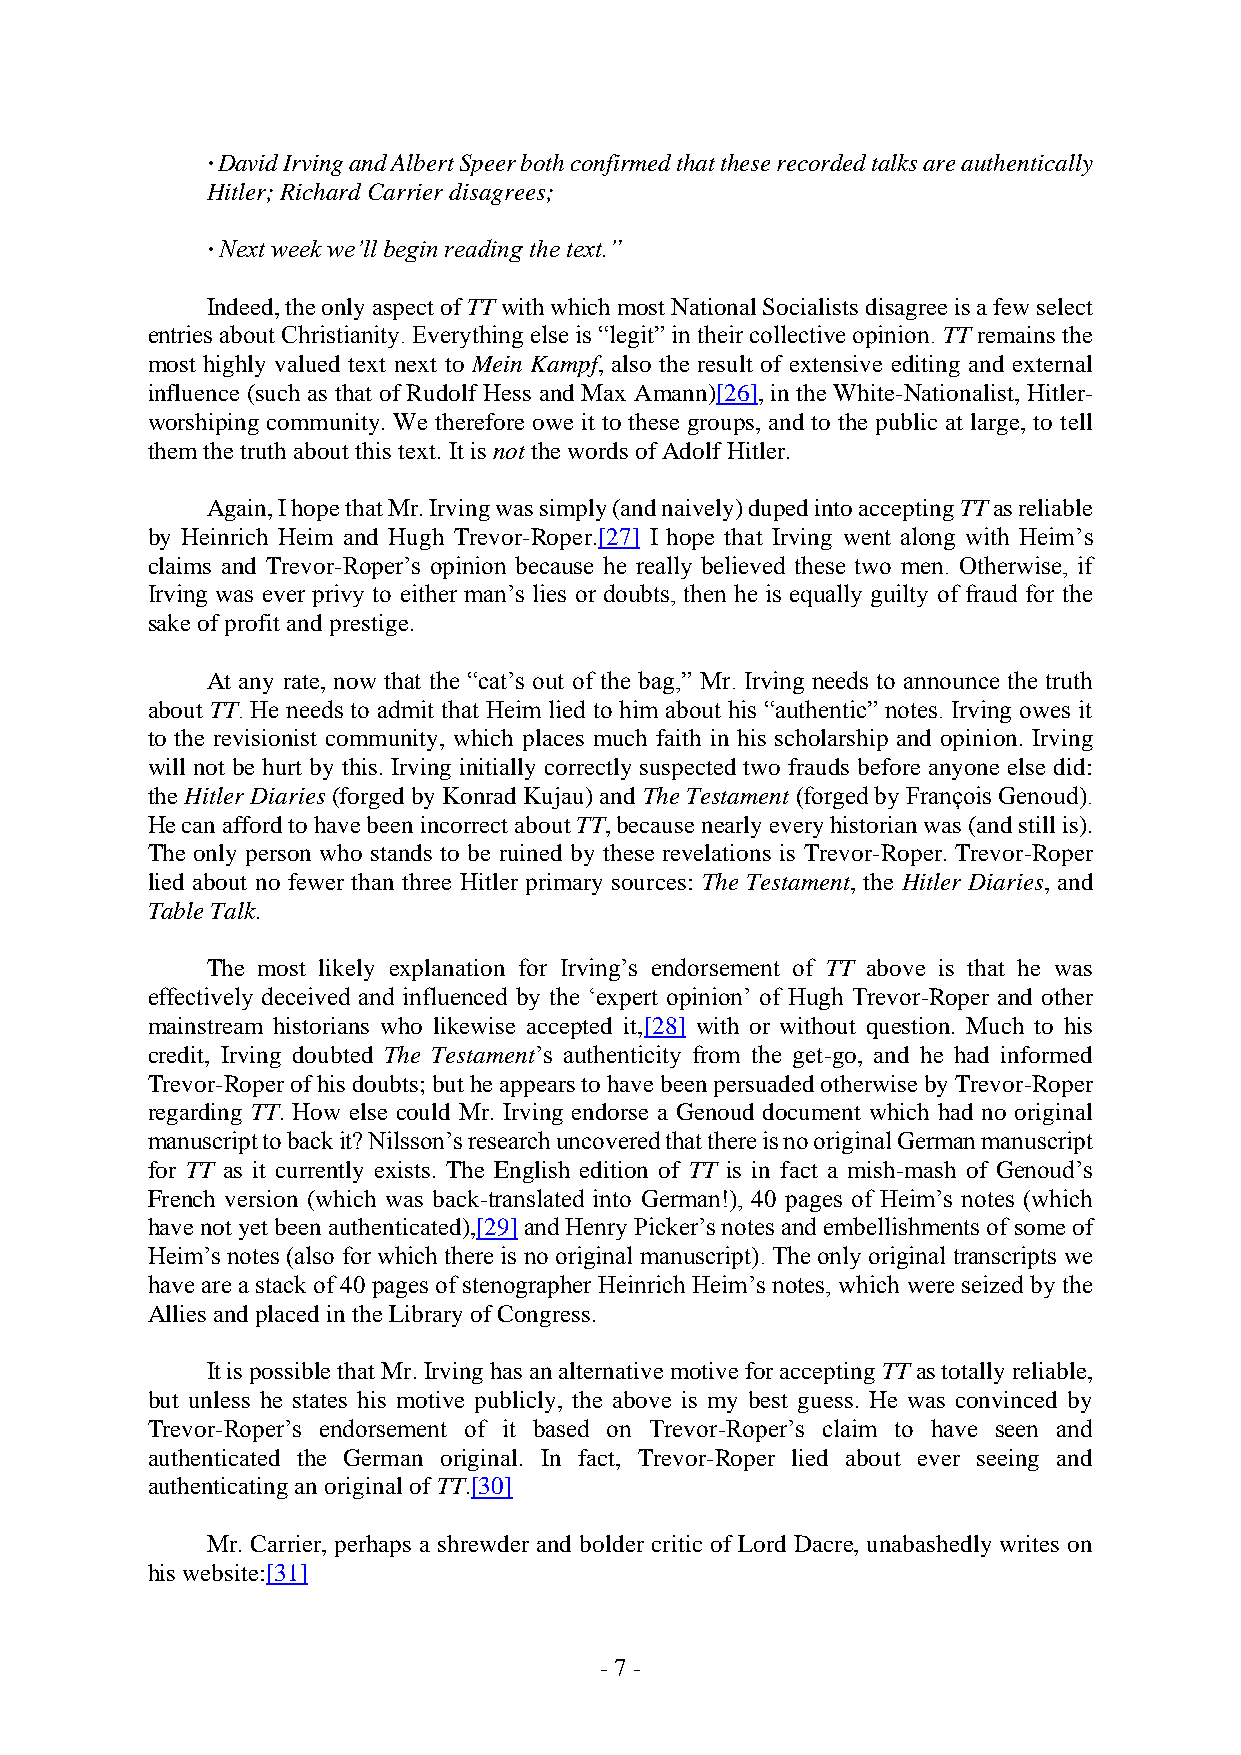
∙ David Irving and Albert Speer both confirmed that these recorded talks are authentically
 Hitler; Richard Carrier disagrees;
 ∙ Next week we’ll begin reading the text.”
 Indeed, the only aspect of TT with which most National Socialists disagree is a few select
 entries about Christianity. Everything else is “legit” in their collective opinion. TT remains the
 most highly valued text next to Mein Kampf, also the result of extensive editing and external
 influence (such as that of Rudolf Hess and Max Amann)[26], in the White-Nationalist, Hitler-
 worshiping community. We therefore owe it to these groups, and to the public at large, to tell
 them the truth about this text. It is not the words of Adolf Hitler.
 Again, I hope that Mr. Irving was simply (and naively) duped into accepting TT as reliable
 by Heinrich Heim and Hugh Trevor-Roper.[27] I hope that Irving went along with Heim’s
 claims and Trevor-Roper’s opinion because he really believed these two men. Otherwise, if
 Irving was ever privy to either man’s lies or doubts, then he is equally guilty of fraud for the
 sake of profit and prestige.
 At any rate, now that the “cat’s out of the bag,” Mr. Irving needs to announce the truth
 about TT. He needs to admit that Heim lied to him about his “authentic” notes. Irving owes it
 to the revisionist community, which places much faith in his scholarship and opinion. Irving
 will not be hurt by this. Irving initially correctly suspected two frauds before anyone else did:
 the Hitler Diaries (forged by Konrad Kujau) and The Testament (forged by François Genoud).
 He can afford to have been incorrect about TT, because nearly every historian was (and still is).
 The only person who stands to be ruined by these revelations is Trevor-Roper. Trevor-Roper
 lied about no fewer than three Hitler primary sources: The Testament, the Hitler Diaries, and
 Table Talk.
 The most likely explanation for Irving’s endorsement of TT above is that he was
 effectively deceived and influenced by the ‘expert opinion’ of Hugh Trevor-Roper and other
 mainstream historians who likewise accepted it,[28] with or without question. Much to his
 credit, Irving doubted The Testament’s authenticity from the get-go, and he had informed
 Trevor-Roper of his doubts; but he appears to have been persuaded otherwise by Trevor-Roper
 regarding TT. How else could Mr. Irving endorse a Genoud document which had no original
 manuscript to back it? Nilsson’s research uncovered that there is no original German manuscript
 for TT as it currently exists. The English edition of TT is in fact a mish-mash of Genoud’s
 French version (which was back-translated into German!), 40 pages of Heim’s notes (which
 have not yet been authenticated),[29] and Henry Picker’s notes and embellishments of some of
 Heim’s notes (also for which there is no original manuscript). The only original transcripts we
 have are a stack of 40 pages of stenographer Heinrich Heim’s notes, which were seized by the
 Allies and placed in the Library of Congress.
 It is possible that Mr. Irving has an alternative motive for accepting TT as totally reliable,
 but unless he states his motive publicly, the above is my best guess. He was convinced by
 Trevor-Roper’s endorsement of it based on Trevor-Roper’s claim to have seen and
 authenticated the German original. In fact, Trevor-Roper lied about ever seeing and
 authenticating an original of TT.[30]
 Mr. Carrier, perhaps a shrewder and bolder critic of Lord Dacre, unabashedly writes on
 his website:[31]
 - 7 -